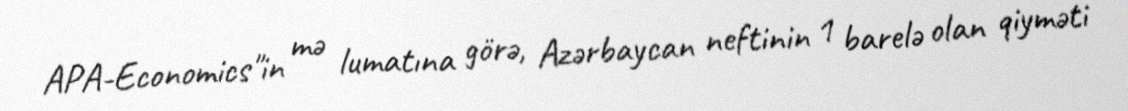
APA-Economics"in mə lumatına görə, Azərbaycan neftinin 1 barelə olan qiyməti